Senior Leaving Certificate Examination (including Day School Certificate (Higher) General paper), 1947
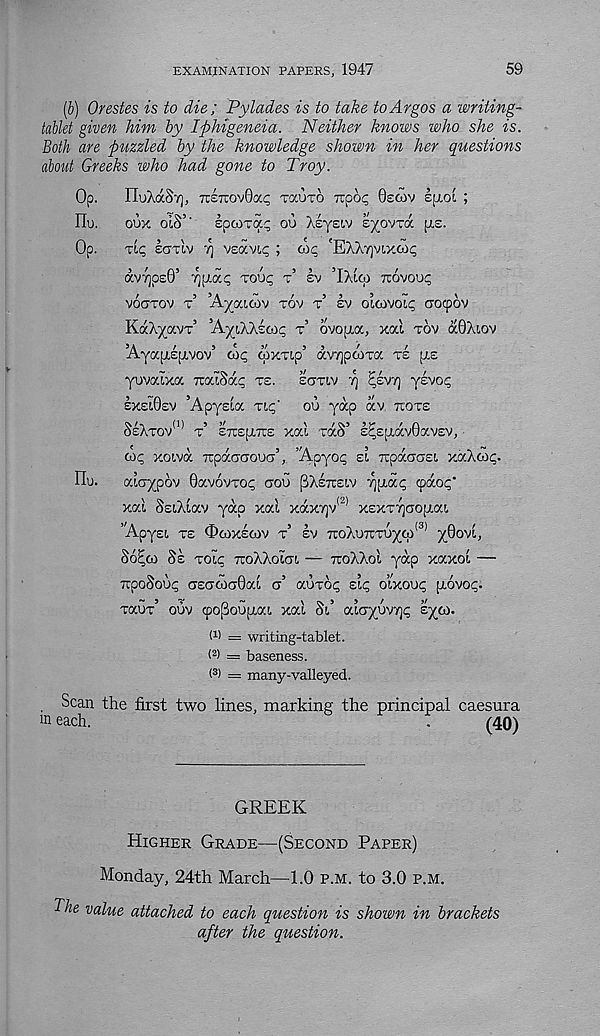
EXAMINATION PAPERS, 1947
59
(&) Orestes is to die; Py lades is to take to Argos a writing-
taUet given him by Iphigeneia. Neither knows who she is.
Both are puzzled by the knowledge shown in her questions
about Greeks who had gone to Troy.
Op.
IluXaS'/], ttstcovBoc^ tccuto Tupo^ Oscov e\±oi ;
Hu.
oox oiS’ ‘ IpMTpcc oo XsysLv eyovra its.
Op.
Tip ecttIv y veavip ; cop 'EXAyjvixwp
avTjpsG’ ^piap Toop t’ ev ’IXico novoup
VOGTOV T ’AyaiCOV TOV t’ £V OlCOVOip GOCpOV
KaXyavT 5 ’AyiXXscop t’ ovop.a, xal tov a0Xiov
AyapLEpivov 5 cop coxTip’ av/jpcoxa te [iz
yovalxa icaiSap te.
egtlv y ^evtj ysvop
£xeI0ev ’Apysia Tip' ou yap av tlOte
SeXtov 0 * t’ ETtEpiTTE xai TaS’ £^£[J,aV0aV£V,
cop xoiva TrpaGGOua’, Apyop si TcpaGGEi xaXcop.
Ho.
aiaypov 0avovTop goo [^Xetceiv igpiap cpaop"
xai SsiXiav yap xai xax7]v <2) XEXTTjcojxai
’Apyei te Ocoxecov t’ ev TtoXoTTuycp* 3 * yOovi,
So^co Ss Toip ttoXXoigi — TcoXXoi yap xaxoi —
TCpoSoOp GEGCOG0ai g’ auTop sip o’ixoop [TOVOp.
TaoT 5 ouv coopoup.ai xai Si’ aiGyovyjp syco.
I 1 ) = writing-tablet.
< 2 > = baseness.
( 3 ) = many-valleyed.
. Scan the first two lines, marking the principal
m each.
caesura
(40)
GREEK
Higher Grade—(Second Paper)
Monday, 24th March—1.0 p.m. to 3.0 p.m.
The value attached to each question is shown in brackets
after the question.